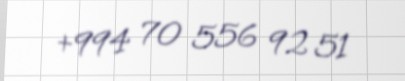
+994 70 556 92 51